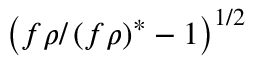
\left( f \rho / \left( f \rho \right) ^ { \ast } - 1 \right) ^ { 1 / 2 }